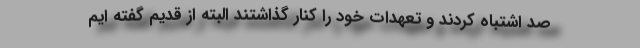
صد اشتباه کردند و تعهدات خود را کنار گذاشتند البته از قدیم گفته ایم